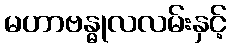
မဟာဗန္ဓုလလမ်းနှင့်